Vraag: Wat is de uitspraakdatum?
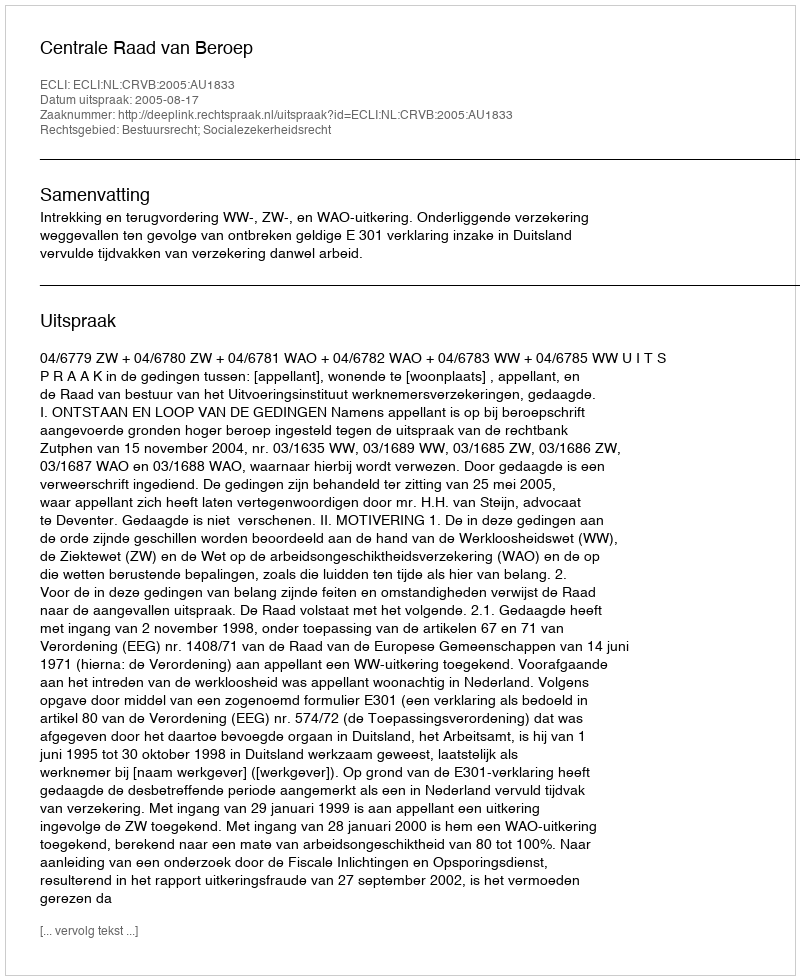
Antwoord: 2005-08-17